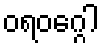
ဝရဝဂ္ဂေါ